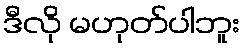
ဒီလို မဟုတ်ပါဘူး